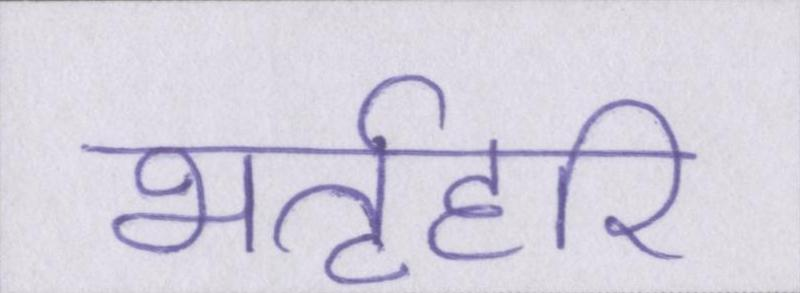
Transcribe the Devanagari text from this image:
भर्तृहरि